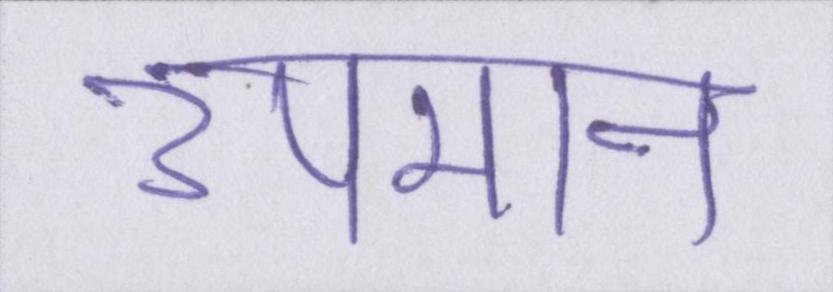
उपमान